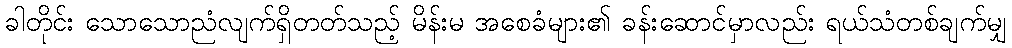
ခါတိုင်း သောသောညံလျက်ရှိတတ်သည့် မိန်းမ အစေခံများ၏ ခန်းဆောင်မှာလည်း ရယ်သံတစ်ချက်မျှ